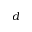
d